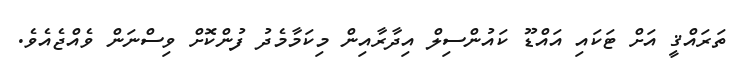
ތަރައްޤީ އަށް ޓަކައި އައްޑޫ ކައުންސިލް އިދާރާއިން މިކަމާމެދު ފުންކޮށް ވިސްނަން ވެއްޖެއެވެ.